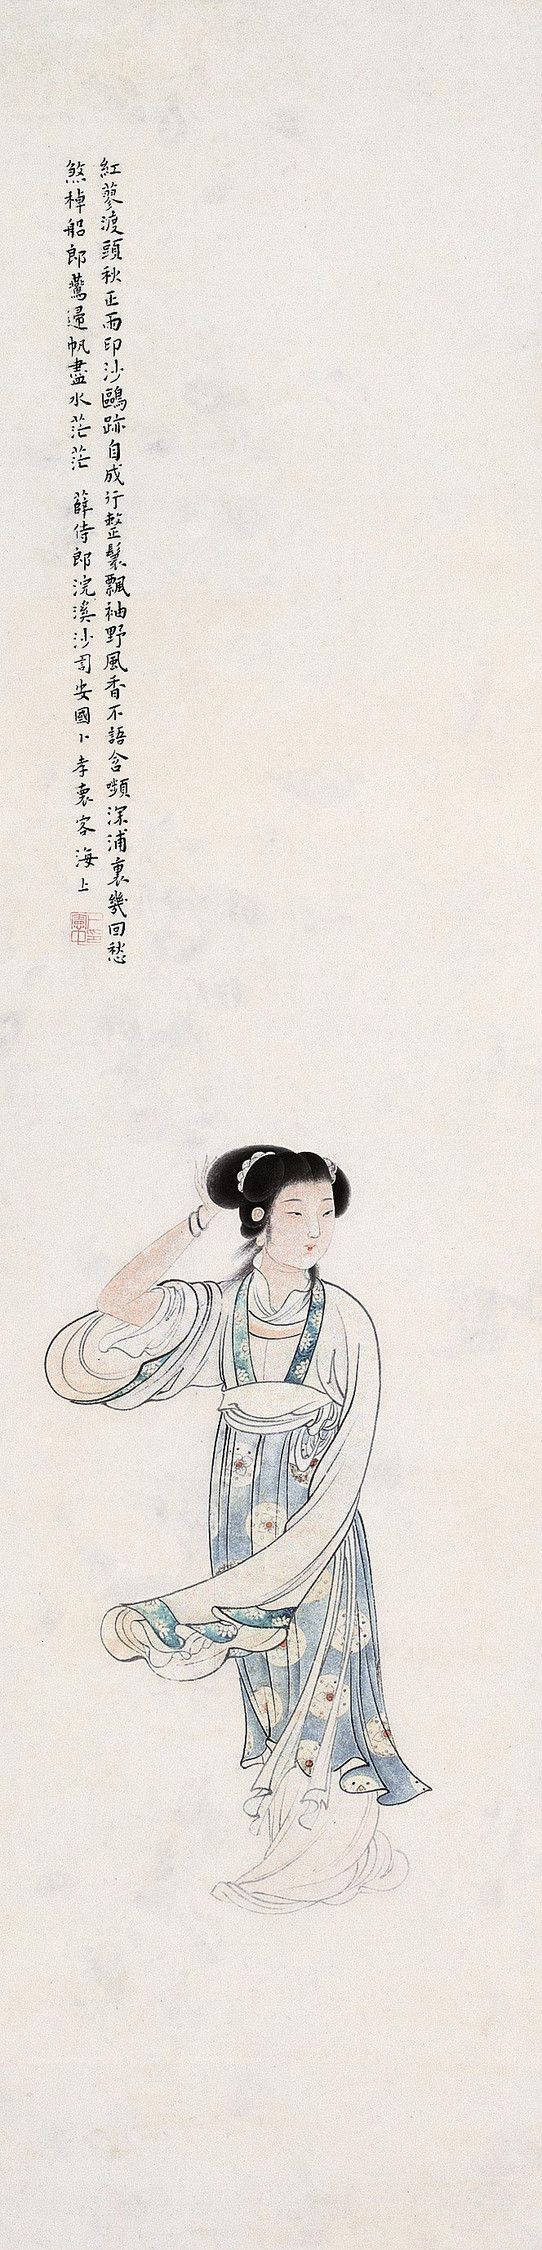
红蓼渡头秋正雨，印沙鸥迹自成行，整鬟飘袖野风香。